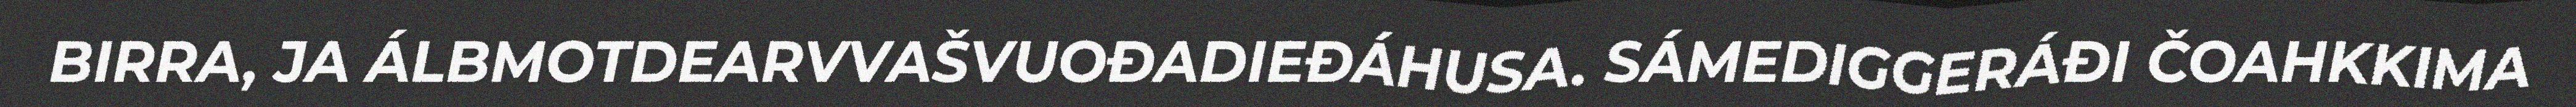
BIRRA, JA ÁLBMOTDEARVVAŠVUOĐADIEĐÁHUSA. SÁMEDIGGERÁĐI ČOAHKKIMA